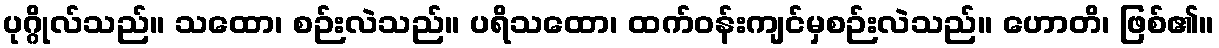
ပုဂ္ဂိုလ်သည်။ သထော၊ စဉ်းလဲသည်။ ပရိသထော၊ ထက်ဝန်းကျင်မှစဉ်းလဲသည်။ ဟောတိ၊ ဖြစ်၏။